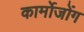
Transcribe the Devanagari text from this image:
कार्मोजोंग